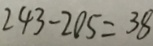
2 4 3 - 2 0 5 = 3 8